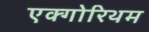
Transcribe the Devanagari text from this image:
एक्गोरिथम